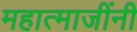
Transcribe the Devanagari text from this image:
महात्माजींनी